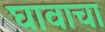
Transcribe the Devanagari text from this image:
घावाचा